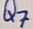
Text: Q7